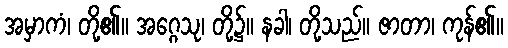
အမှာကံ၊ တို့၏။ အဂ္ဂေသု၊ တို့၌။ နခါ၊ တို့သည်။ ဇာတာ၊ ကုန်၏။